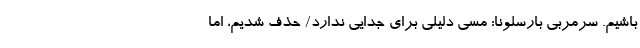
باشیم. سرمربی بارسلونا: مسی دلیلی برای جدایی ندارد/ حذف شدیم، اما